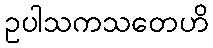
ဥပါသကသတေဟိ